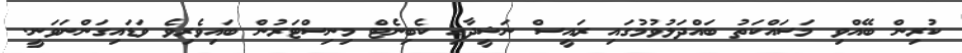
ކުރިން ބޭއްވި މަސައްކަތު ބައްދަލުވުމުގައި ރައީސް ނަޝީދާއި ކެބިނެޓް މިނިސްޓަރުން ބައިވެރިވެ ވަޑައިގަންނަވަނީ.